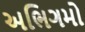
અભિગમો